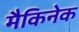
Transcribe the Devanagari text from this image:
मैकिनेक